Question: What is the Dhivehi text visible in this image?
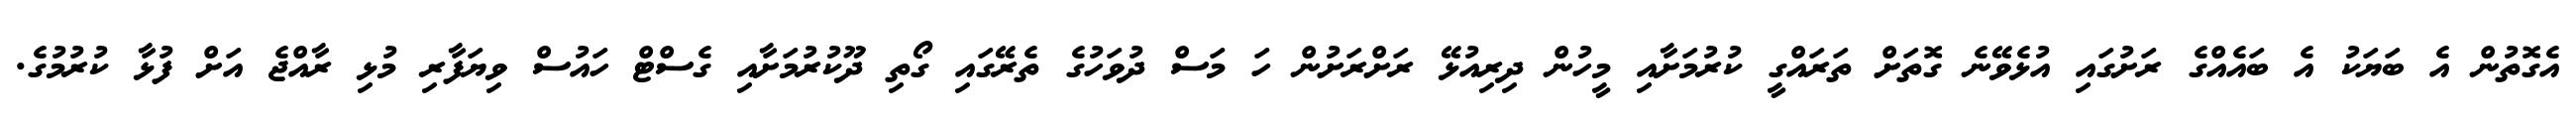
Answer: އެގޮތުން އެ ބަޔަކު އެ ބައެއްގެ ރަށުގައި އުޅެވޭނެ ގޮތަށް ތަރައްގީ ކުރުމަށާއި މީހުން ދިރިއުޅޭ ރަށްރަށުން ހަ މަސް ދުވަހުގެ ތެރޭގައި ގޯތި ދޫކުރުމަށާއި ގެސްޓް ހައުސް ވިޔަފާރި މުޅި ރާއްޖެ އަށް ފުޅާ ކުރުމުގެ.